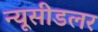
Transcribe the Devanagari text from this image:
न्यूसीडलर